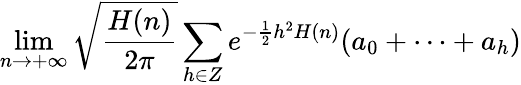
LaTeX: \operatorname*{lim}_{n\rightarrow+\infty}{\sqrt{\frac{H(n)}{2\pi}}}\sum_{h\in Z}e^{-{\frac{1}{2}}h^{2}H(n)}(a_{0}+\cdots+a_{h})